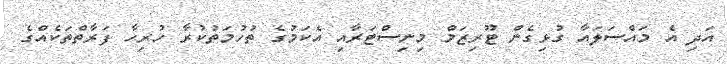
އަދި އެ މައްސަލައާ ގުޅިގެން ޓޫރިޒަމް މިނިސްޓަރާއި އެކަމުގެ ތުހުމަތުކުރާ ހުރިހާ ފަރާތްތަކެއްގެ